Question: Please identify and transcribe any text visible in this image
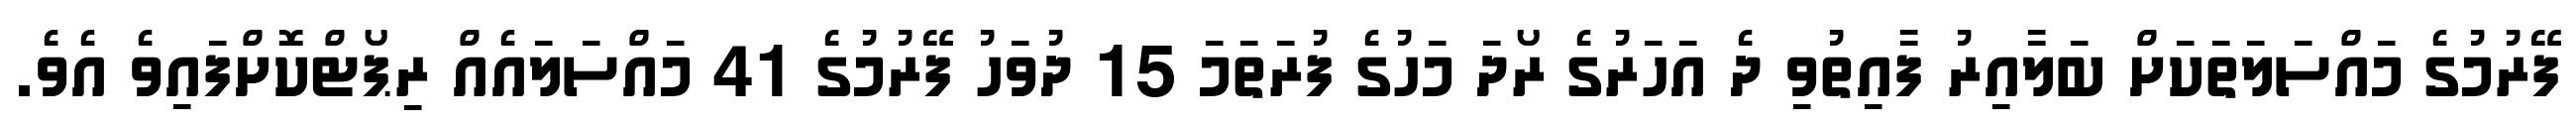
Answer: ފޭރުމުގެ މައްސަލަތަކަށް ބަލާއިރު ފާއިތުވި ދެ އަހަރުގެ ރޯދަ މަހުގެ ފުރަތަމަ 15 ދުވަހު ފޭރުމުގެ 41 މައްސަލައެއް ރިޕޯޓްކޮށްފައިވެ އެވެ.